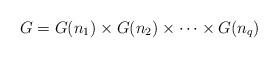
LaTeX: \begin{align*}G = G(n_{1}) \times G(n_{2}) \times \cdots \times G(n_{q})\end{align*}